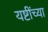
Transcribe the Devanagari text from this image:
यष्टींच्या